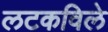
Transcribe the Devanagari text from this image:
लटकविले